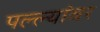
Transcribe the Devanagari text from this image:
पल्ल्यांवर